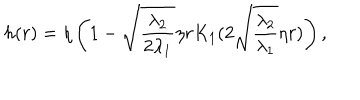
LaTeX: h ( r ) = \eta \left( 1 - \sqrt { \frac { \lambda _ { 2 } } { 2 \lambda _ { 1 } } } \eta r K _ { 1 } ( 2 \sqrt { \frac { \lambda _ { 2 } } { \lambda _ { 1 } } } \eta r ) \right) ,